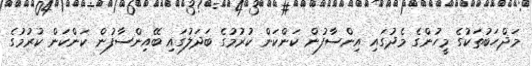
މަޛްހަބުތަކުގެ މީހުންގެ މެދުގައި އިންސާފުން ކަންކަން ކުރުމުގެ ބަދަލުގައި ބޭއިންސާފުން ކަންކަން ކުރުމުގެ